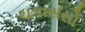
ચકાસસો